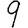
Digit: 9